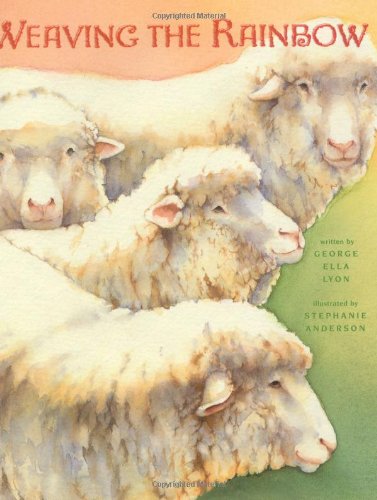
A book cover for Weaving the Rainbow; George Ella Lyon; Crafts, Hobbies & Home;